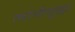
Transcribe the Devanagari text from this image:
त्यांनीसुद्धा